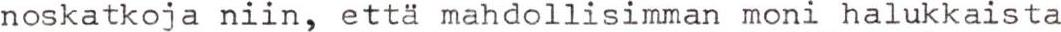
noskatkoja niin, että mahdollisimman moni halukkaista